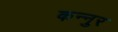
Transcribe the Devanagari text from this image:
कन्नुर